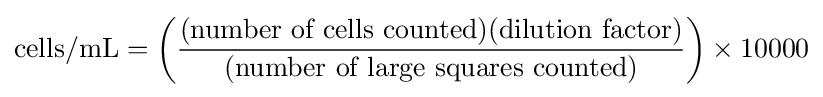
{\mbox{cells/mL}}=\left({\frac {({\mbox{number of cells counted}})({\mbox{dilution factor}})}{({\mbox{number of large squares counted}})}}\right)\times 10000